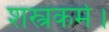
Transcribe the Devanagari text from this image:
शस्त्रकर्म।